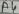
Text: A4